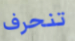
تنحرف